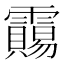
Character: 𱁦